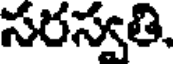
సరస్వతి,